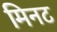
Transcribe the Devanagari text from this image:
मिनट